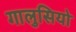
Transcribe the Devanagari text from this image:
गालुसियो